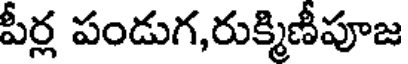
పీర్ల పండుగ,రుక్మిణీపూజ